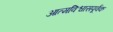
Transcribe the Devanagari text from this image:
आत्मविश्वासपूर्वक